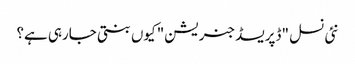
نئی نسل "ڈپریسڈ جنریشن" کیوں بنتی جارہی ہے؟